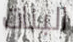
البنات